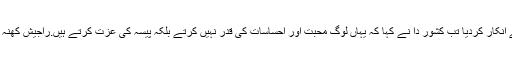
بابو رنگیز حیرت زدہ رہ گئے اور انہوں نے روپیہ لینے سے انکار کردیا تب کشور دا نے کہا کہ یہاں لوگ محبت اور احساسات کی قدر نہیں کرتے بلکہ پیسہ کی عزت کرتے ہیں.راجیش کھنہ کی فلم الگ الگ کے لئے بھی انہوں نے پیسہ نہیں لئے تھے۔